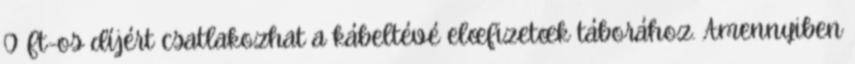
0 Ft-os díjért csatlakozhat a kábeltévé elœfizetœk táborához. Amennyiben